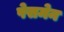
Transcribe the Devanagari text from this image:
पेसमेन